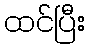
ထင်ပြီး